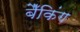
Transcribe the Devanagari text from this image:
बैँकिंग